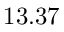
1 3 . 3 7